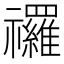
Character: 𮂩